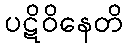
ပဋိဝိနေတိ